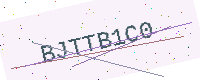
Text: BJTTB1C0